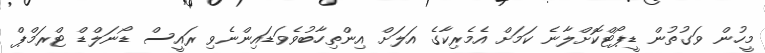
މީހުން ވަގުތުން ޑީޕޯޓްކޮށްލާނެ ކަމަށް އެމެރިކާގެ އަލަށް އިންތިހާބުވެވަޑައިންނެވި ރައީސް ޑޯނަލްޑް ޓްރަމްޕް